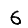
Digit: 6